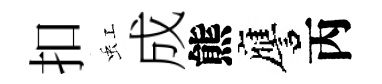
扣虹成熊譍丙